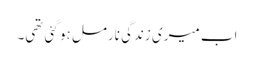
اب میری زندگی نارمل ہو گئی تھی۔